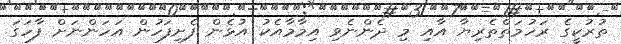
ތުރުކީގެ ރަހުމަތްތެރިޔާ އާއި މި ދެންނެވި އިމާމާއެކު އުޅެން ފެށިފަހުން އަހަންނަށް ފާހަގަ